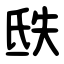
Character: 㲳